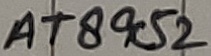
Text: AT89C52